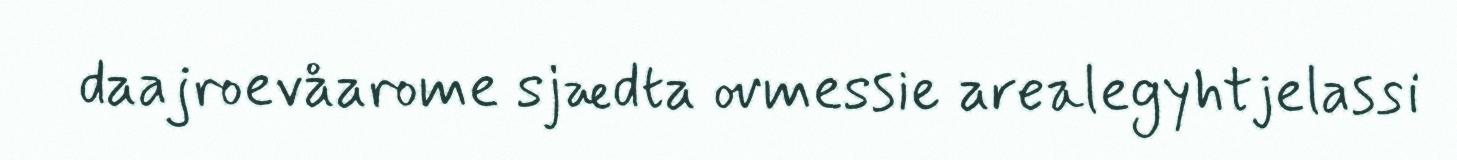
daajroevåarome sjædta ovmessie arealegyhtjelassi